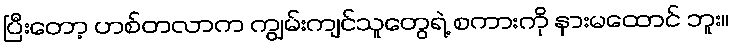
ပြီးတော့ ဟစ်တလာက ကျွမ်းကျင်သူတွေရဲ့ စကားကို နားမထောင် ဘူး။